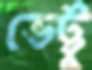
ভেট্টু